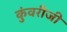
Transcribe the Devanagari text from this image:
कुंवरीजी